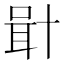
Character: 𠦫